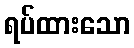
ရပ်ထားသော